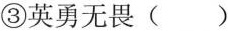
③英勇无畏( )